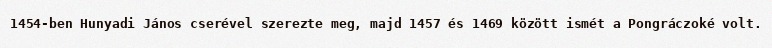
1454-ben Hunyadi János cserével szerezte meg, majd 1457 és 1469 között ismét a Pongráczoké volt.